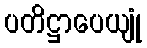
ပတိဋ္ဌာပေယျုံ